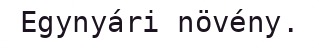
Egynyári növény.